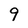
Character: 9